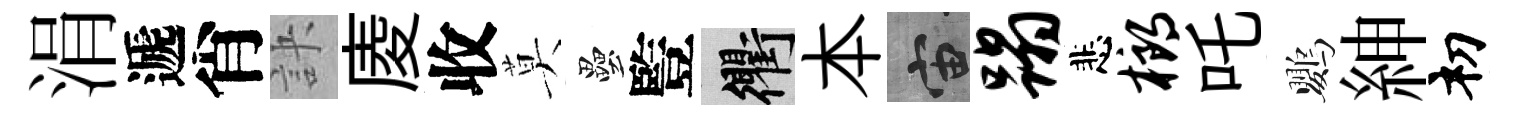
涓遞肖訣庱收莫壘䜿衢本宙蹋悲榔吒鸚紳𥘉